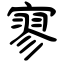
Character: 寥